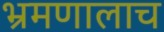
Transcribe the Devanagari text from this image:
भ्रमणालाच